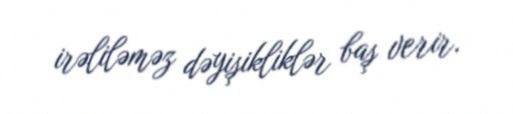
irəliləməz dəyişikliklər baş verir.